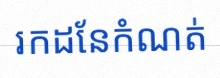
រកដែនកំណត់